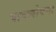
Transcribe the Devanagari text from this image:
पावलोवना